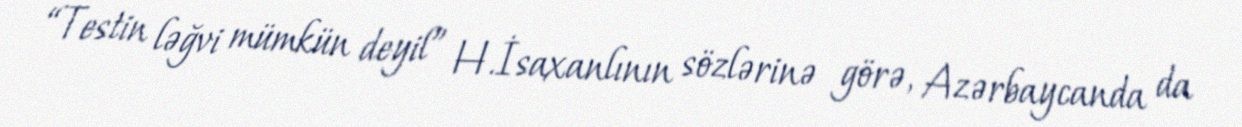
“Testin ləğvi mümkün deyil” H.İsaxanlının sözlərinə görə, Azərbaycanda da